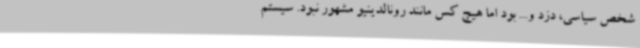
شخص سیاسی، دزد و... بود اما هیچ کس مانند رونالدینیو مشهور نبود. سیستم